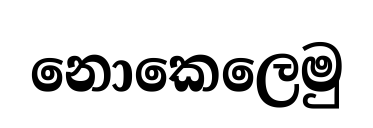
නොකෙලෙමු